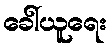
ခေါ်ယူရေး